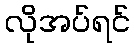
လိုအပ်ရင်